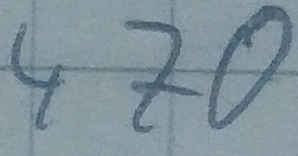
Text: 470